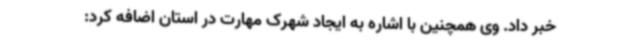
خبر داد. وی همچنین با اشاره به ایجاد شهرک مهارت در استان اضافه کرد: